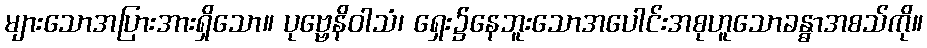
များသောအပြားအားရှိသော။ ပုဗ္ဗေနိဝါသံ၊ ရှေး၌နေဘူးသောအပေါင်းအစုဟူသောခန္ဓာအစသ်ကို။